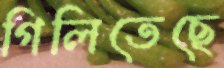
গিলিতেছে